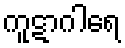
ကူဋာဂါရေ